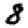
Digit: 8